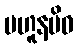
ဗဟူနမိဓ